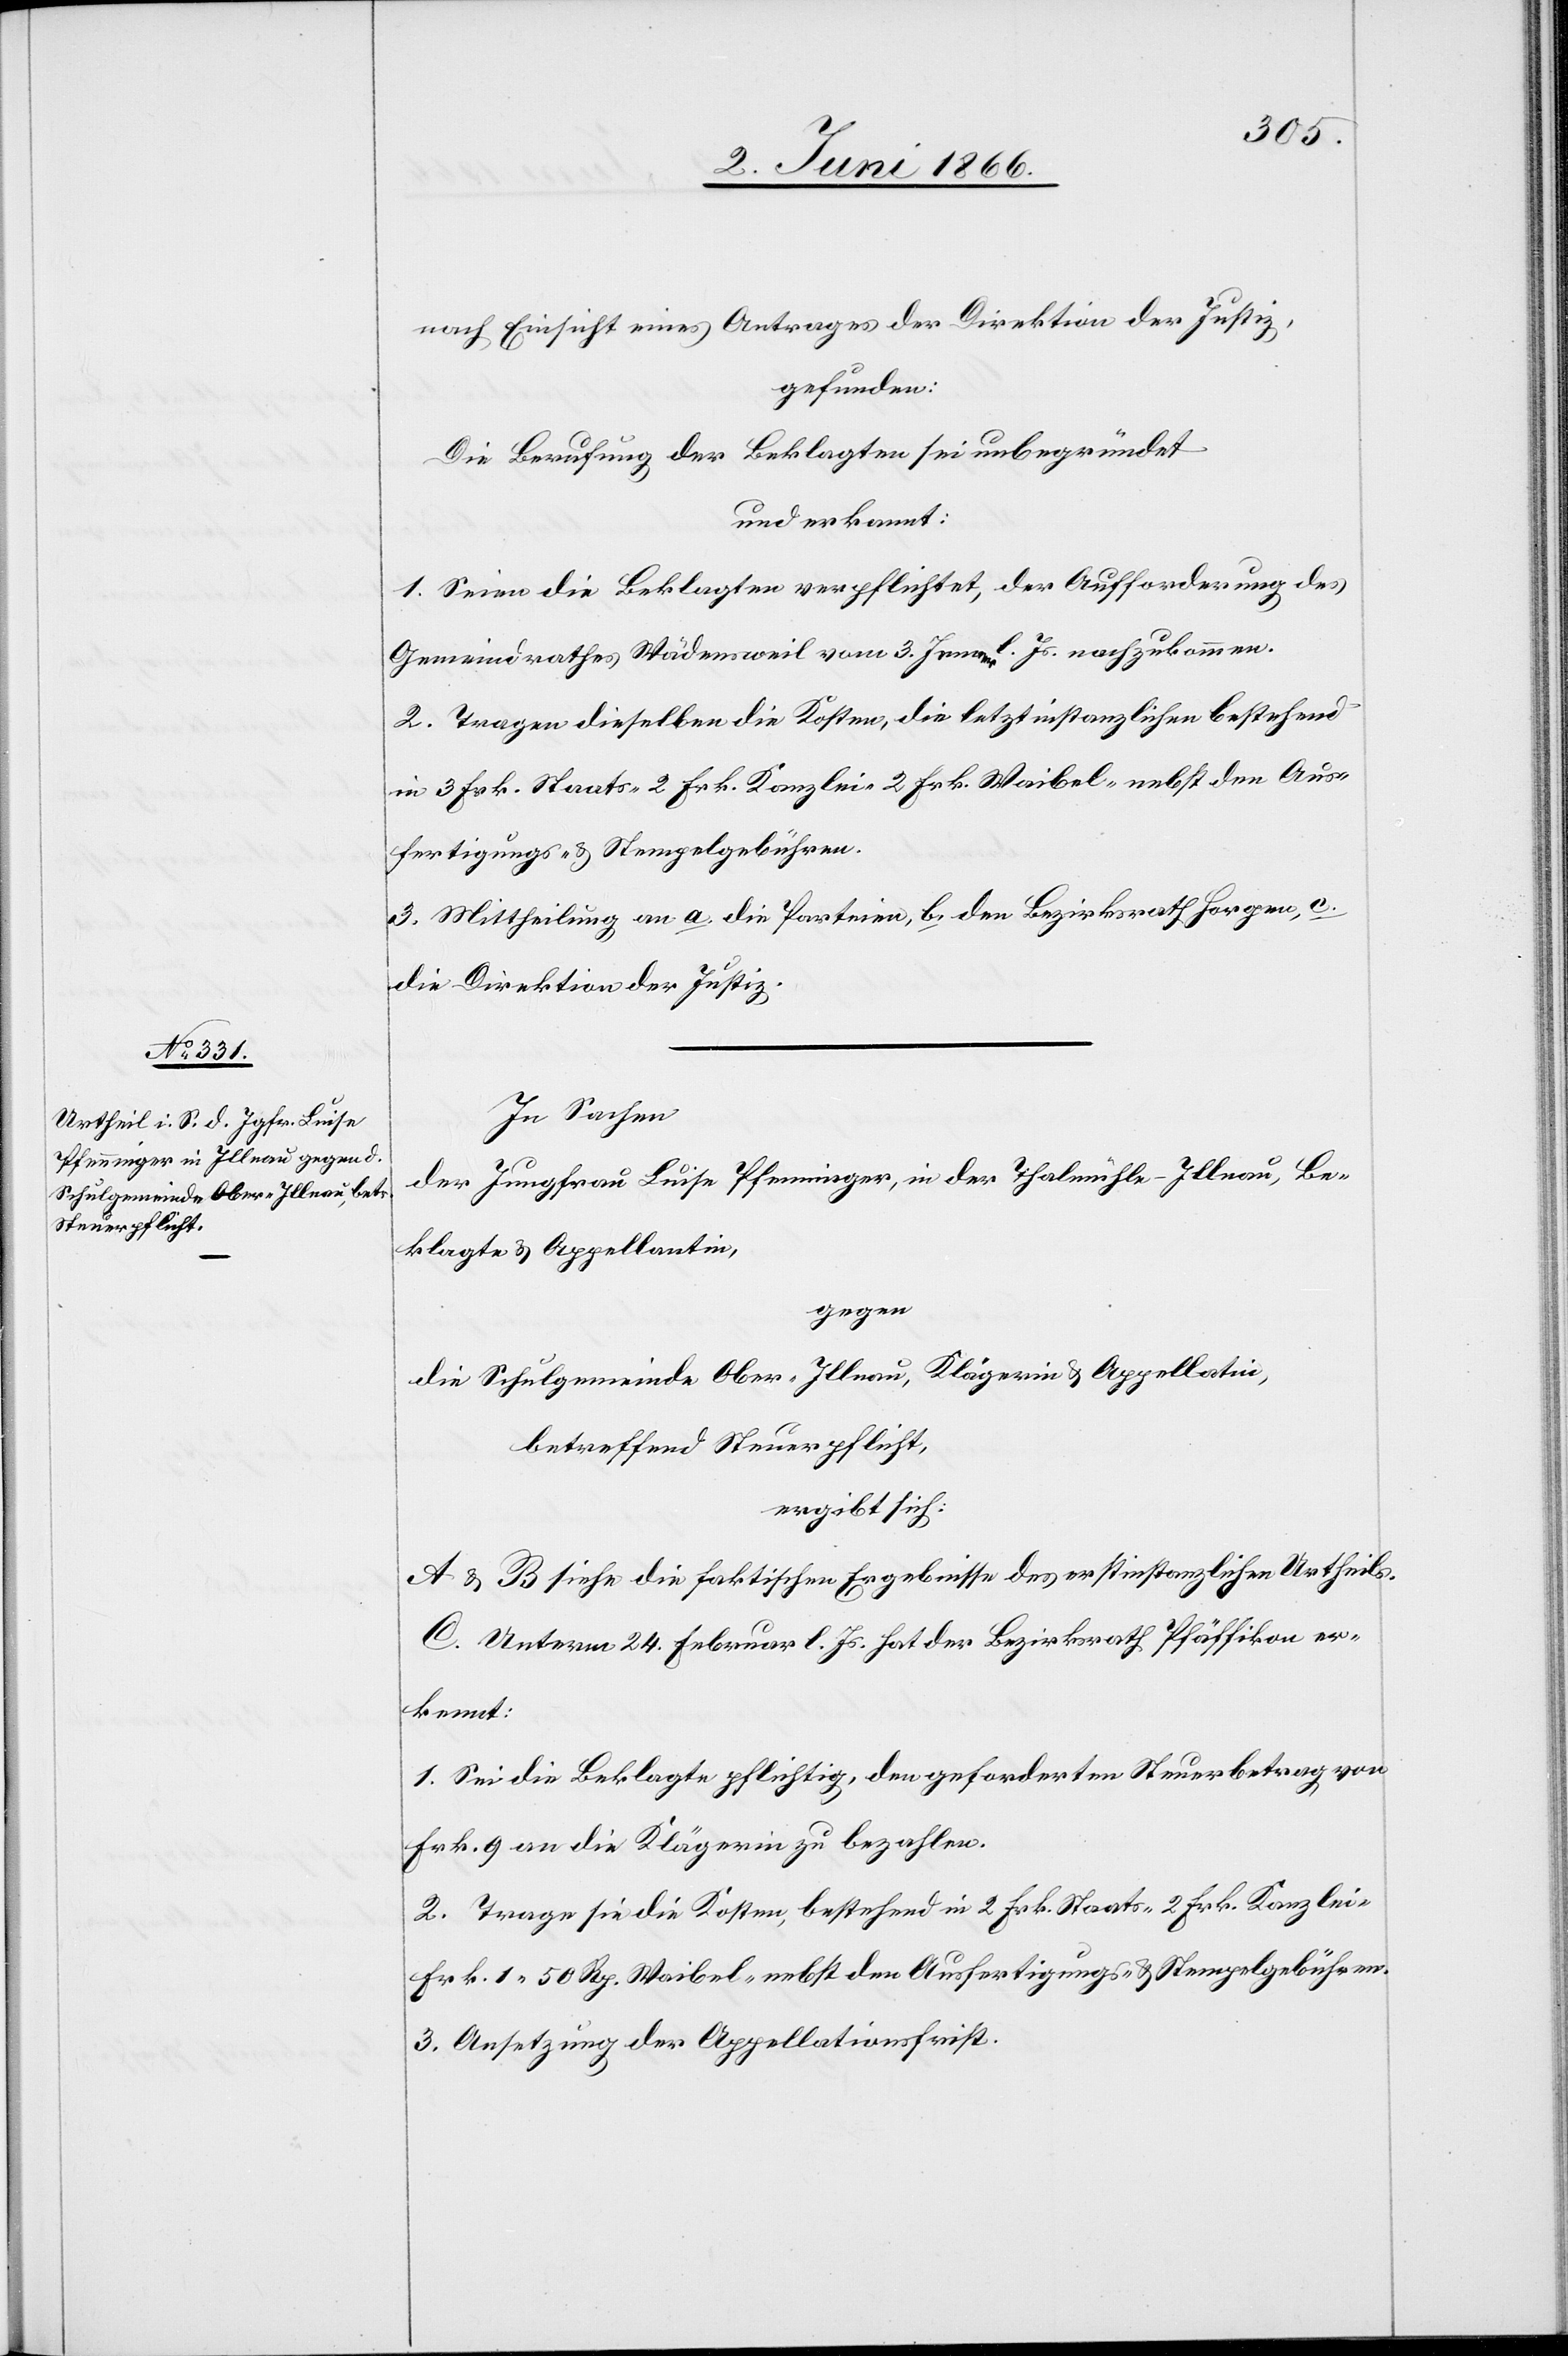
nach Einsicht eines Antrages der Direktion der Justiz,
gefunden:
Die Berufung der Beklagten sei unbegründet
und erkannt:
1. Seien die Beklagten verpflichtet, der Aufforderung des
Gemeindrathes Wädensweil vom 3. Jenner l. Js. nachzukommen.
2. Tragen dieselben die Kosten, die letztinstanzlichen bestehend
in 3 Frk. Staats-[,] 2 Frk. Kanzlei-[,] 2 Frk. Weibel- nebst den Aus¬
fertigungs- u. Stempelgebühren.
3. Mittheilung an a. die Parteien, b. den Bezirksrath Horgen, c.
die Direktion der Justiz.
In Sachen,
der Jungfrau Luise Pfenninger, in der Thalmühle-Illnau, Be¬
klagte u. Appelantin,
gegen
die Schulgemeinde Ober-Illnau, Klägerin u. Appellatin,
betreffend Steuerpflicht,
ergibt sich:
A u. B siehe die faktischen Ergebnisse des erstinstanzlichen Urtheils.
C. Unterm 24. Februar l. Js. hat der Bezirksrath Pfäffikon er¬
kennt:
1. Sei die Beklagte pflichtig, den geforderten Steuerbetrag von
Frk. 9 an die Klägerin zu bezahlen.
2. Trage die die Kosten, bestehend in 2 Frk. Staats-[,] 2 Frk. Kanzlei-[,]
Frk. 1.50 Rp. Waibel- nebst den Ausfertigungs- u. Stempelgebühren.
3. Ansetzung der Appellationsfrist.